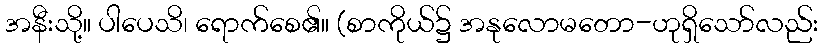
အနီးသို့။ ပါပေသိ၊ ရောက်စေ၏။ (စာကိုယ်၌ အနုလောမတော-ဟုရှိသော်လည်း